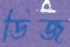
ডিজ